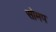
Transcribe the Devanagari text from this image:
सोमप